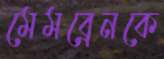
মেমব্রেনকে